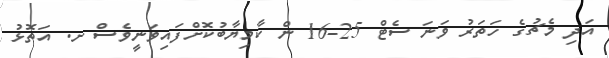
އަދި މެޗުގެ ހަތަރު ވަނަ ސެޓް 25-16 ން ކާމިޔާބުކޮށްފައިވަނީވެސް ށ. އަތޮޅު